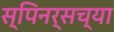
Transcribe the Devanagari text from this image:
स्पिनर्सच्या